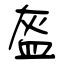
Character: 盔